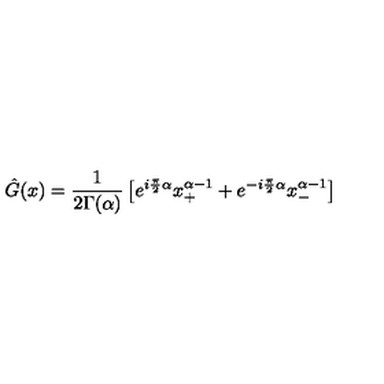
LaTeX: \hat { G } ( x ) = \frac { 1 } { 2 \Gamma ( \alpha ) } \left[ e ^ { i \frac { \pi } { 2 } \alpha } x _ { + } ^ { \alpha - 1 } + e ^ { - i \frac { \pi } { 2 } \alpha } x _ { - } ^ { \alpha - 1 } \right]